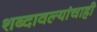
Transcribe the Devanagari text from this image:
शब्दावल्यांचाही